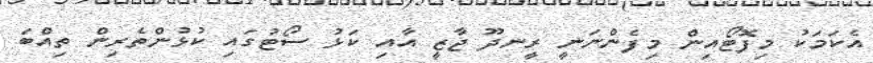
އެކަމަކު މިފޮޓޯއިން މިފެންނަނީ ރީނދޫ ޖާޒީ އާއި ކަޅު ސޯޓުގައި ކުޅުންތެރިން ތިއްބަ